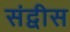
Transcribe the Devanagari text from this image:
संद्वीस